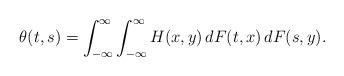
LaTeX: \begin{align*} \theta(t,s)=\int_{-\infty}^\infty\int_{-\infty}^\infty H(x,y) \,d F(t, x)\,d F(s, y).\end{align*}